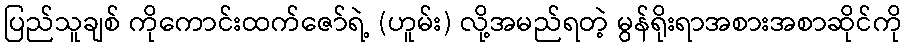
ပြည်သူချစ် ကိုကောင်းထက်ဇော်ရဲ့ (ဟူမ်း) လို့အမည်ရတဲ့ မွန်ရိုးရာအစားအစာဆိုင်ကို